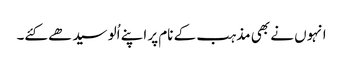
انہوں نے بھی مذہب کے نام پر اپنے اُلو سیدھے کئے۔